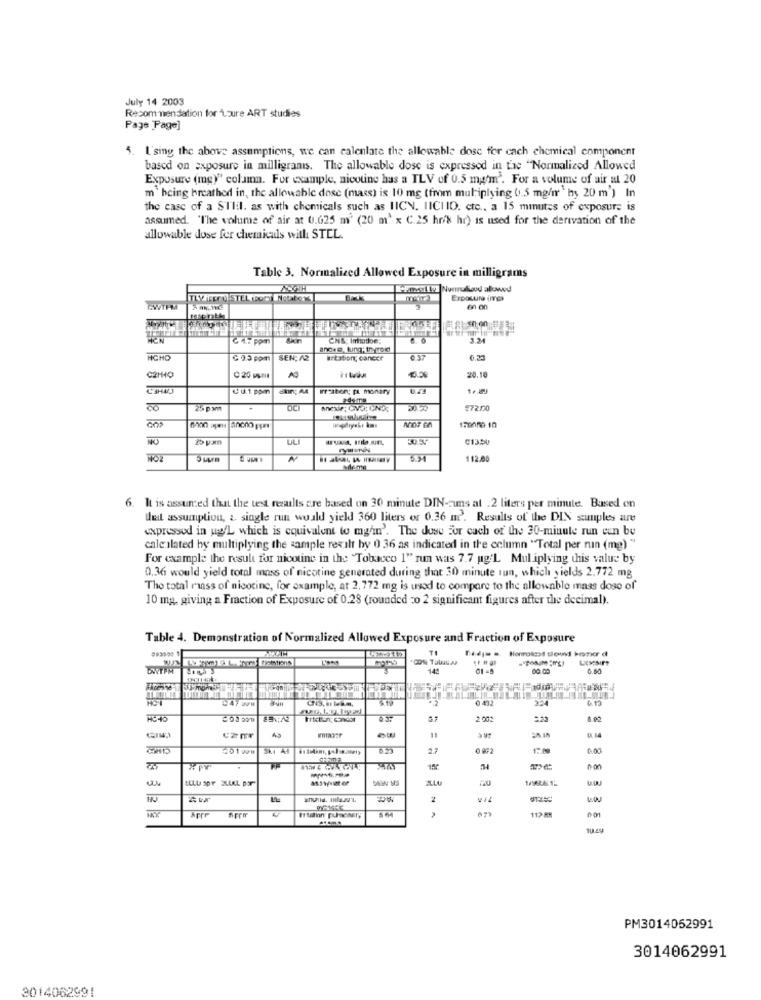
July 14 2003
Recommendation for L.zure ART studies
Page Page]
5. I'sing the above assumptions, we can calenlate the allowable dose for cach chemical component
based on exposure in milligrams. The allowable dose is expressed in tac "Normalized Allowed
Exposure (mg)" column. For example, nicotine has a TLV of 0.5 mam'. For a volume of air al 20
m` hcing breathed in, the allowable dose (mass) is 10 mg (from multiplying 0.5 mg/m " hy 20 m') In
the case of a STlil. as with chemicals such as IICN. IICHIO. cte .. a 15 minutes of exposure is
assumed. "The volume of air at 0.625 m (20 m' x C.25 hr/k hr) is used for the derivation of the
allowable dose fer chemicals with STEL.
Table 3. Normalized Allowed Exposure in milligrams
Exposure Ica
CWTEM
En on
3.34
and. s. tung; th Tox
HCHO
C 0.3 pom
SEN: 42
#tatort; cancer
037
0.33
28.10
C2H40
Cuippen
Sin; A4
Froston; pa monary
25 p mm
-
£72.030
C13SU
A
534
112.00
6. It is assumed that the test results are based on 30 minute DIN-cuns at . 2 liters per minute. Based on
that assumption, & single run would yield 360 liters or 0.36 m2'. Results of the DIN suuples are
expressed in uw'L which is equivalent to mghn'. The dose For cach of the 30-minute run can be
calculated by multiplying the sample rexilt by 0 36 as indicated in the column "Total per nun (mg) "
For example the result for nicotine in the "Tobacco 1" run was 7.7 ug:L Mul iplying this value by
0,36 would yield total mass of nicotine generated during that 30 minute tun, which yields 2.772 mg
The total riass of nicotine, for example, at 2,772 mg is used to compare to the allowable mass dose of
10 mg. giving a Fraction of Exposure of 0.28 (rounded =o 2 significant figures after the decimal).
Table 4. Demonstration of Normalized Allowed Exposure and Fraction of Exposure
71
*CON Tubulas
140
00.00
0.60
47 ww
0 432
22
2 009
11
27
ALLU
120
2
,
PM3014052991
3014062991
3014062991